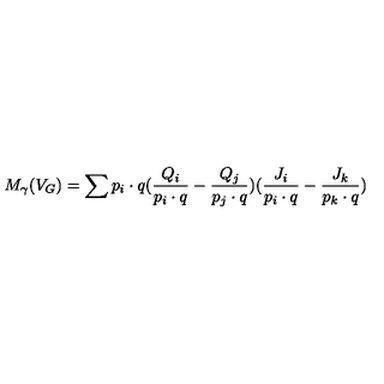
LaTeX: M _ { \gamma } ( V _ { G } ) = \sum p _ { i } \cdot q ( \frac { Q _ { i } } { p _ { i } \cdot q } - \frac { Q _ { j } } { p _ { j } \cdot q } ) ( \frac { J _ { i } } { p _ { i } \cdot q } - \frac { J _ { k } } { p _ { k } \cdot q } )